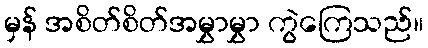
မှန် အစိတ်စိတ်အမွှာမွှာ ကွဲကြေသည်။